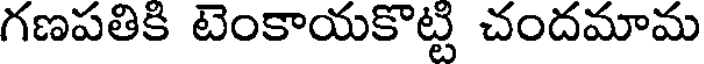
గణపతికి టెంకాయకొట్ట చందమామ